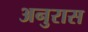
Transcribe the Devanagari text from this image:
अनुरास